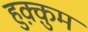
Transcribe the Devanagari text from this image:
हुक़्क़ुम